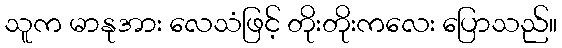
သူက မာနုအား လေသံဖြင့် တိုးတိုးကလေး ပြောသည်။